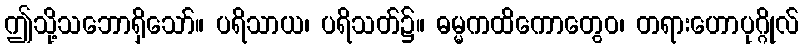
ဤသို့သဘောရှိသော်။ ပရိသာယ၊ ပရိသတ်၌။ ဓမ္မကထိကောတွေဝ၊ တရားဟောပုဂ္ဂိုလ်